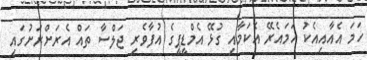
ހަމަ އެއާއިއެކު ހަމައެރޭ އެކަމާއި ގުޅޭ އެމްޑީޕީގެ އުފާވެރި ޖަލްސާ ތައް އެރަށްރަށުގައި